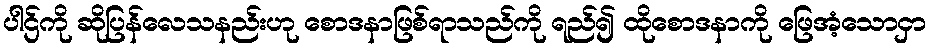
ပါဌ်ကို ဆိုပြန်လေသနည်းဟု စောဒနာဖြစ်ရာသည်ကို ရည်၍ ထိုစောဒနာကို ဖြေအံ့သောငှာ